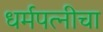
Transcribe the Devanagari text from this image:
धर्मपत्‍नीचा